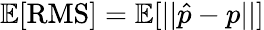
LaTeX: \mathbb{E}[\textrm{RMS}]=\mathbb{E}[||\hat{p}-p||]